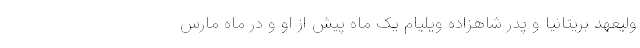
ولیعهد بریتانیا و پدر شاهزاده ویلیام یک ماه پیش از او و در ماه مارس